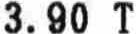
3.90 T